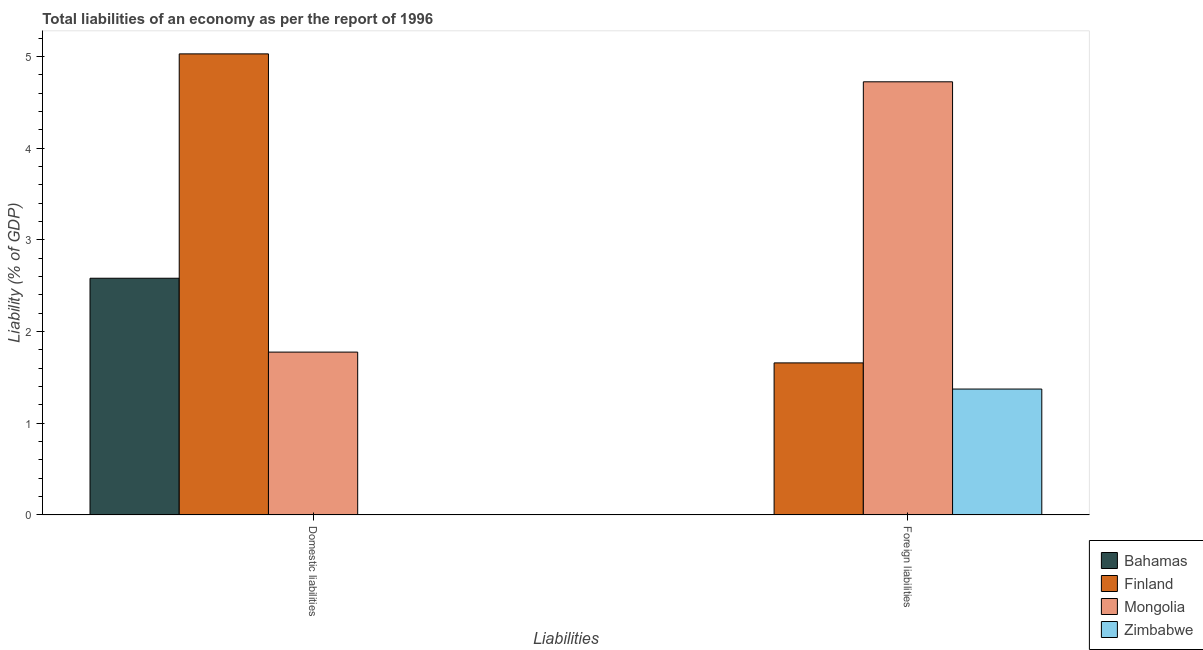
| Liabilities | Bahamas | Finland | Mongolia | Zimbabwe |
 | --- | --- | --- | --- | --- |
 | Domestic liabilities | 2.58 | 5.03 | 1.78 | -5.28 |
 | Foreign liabilities | -0.382 | 1.66 | 4.73 | 1.37 |